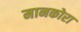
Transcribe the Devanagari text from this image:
मानकोरा